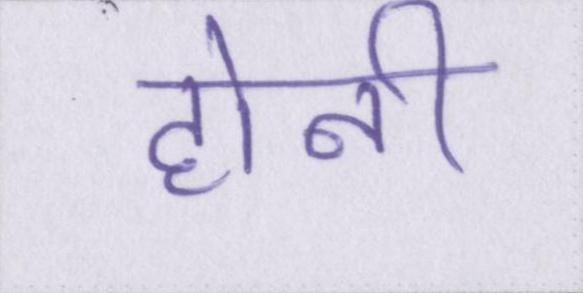
होनी